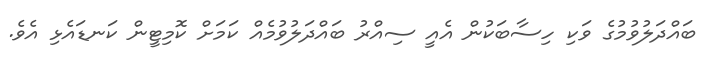
ބައްދަލުވުމުގެ ވަކި ހިސާބަކުން އެއީ ސިއްރު ބައްދަލުވުމެއް ކަމަށް ކޮމިޓީން ކަނޑައެޅި އެވެ.